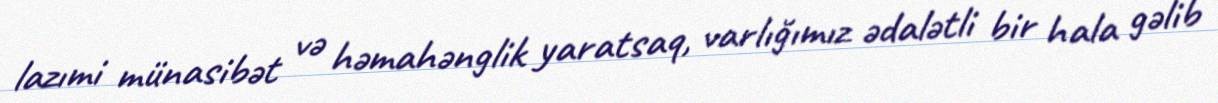
lazımi münasibət və həmahənglik yaratsaq, varlığımız ədalətli bir hala gəlib